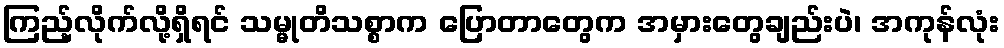
ကြည့်လိုက်လို့ရှိရင် သမ္မုတိသစ္စာက ပြောတာတွေက အမှားတွေချည်းပဲ၊ အကုန်လုံး